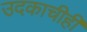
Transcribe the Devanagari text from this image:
उदकाचीही